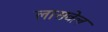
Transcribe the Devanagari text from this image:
लासवेल